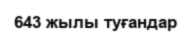
643 жылы туғандар